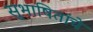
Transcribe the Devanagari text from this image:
सुभाषितांचे